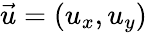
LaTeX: {\vec{u}}=(u_{x},u_{y})